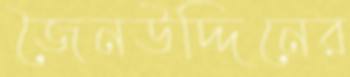
জৈনউদ্দিনের